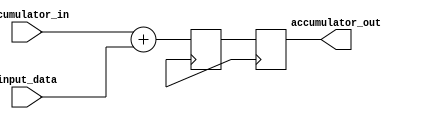
module fixed_point_accumulator (
    input wire signed [15:0] input_data, // input fixed-point data
    input wire signed [15:0] accumulator_in, // internal memory register to store accumulated result
    output wire signed [15:0] accumulator_out // output accumulated result
);

reg signed [15:0] accumulator_reg; // internal memory register

always @ (posedge clk) begin
    accumulator_reg <= accumulator_in + input_data; // perform addition operation
    accumulator_out <= accumulator_reg; // output accumulated result
end

endmodule